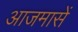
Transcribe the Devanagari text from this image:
आजमासें